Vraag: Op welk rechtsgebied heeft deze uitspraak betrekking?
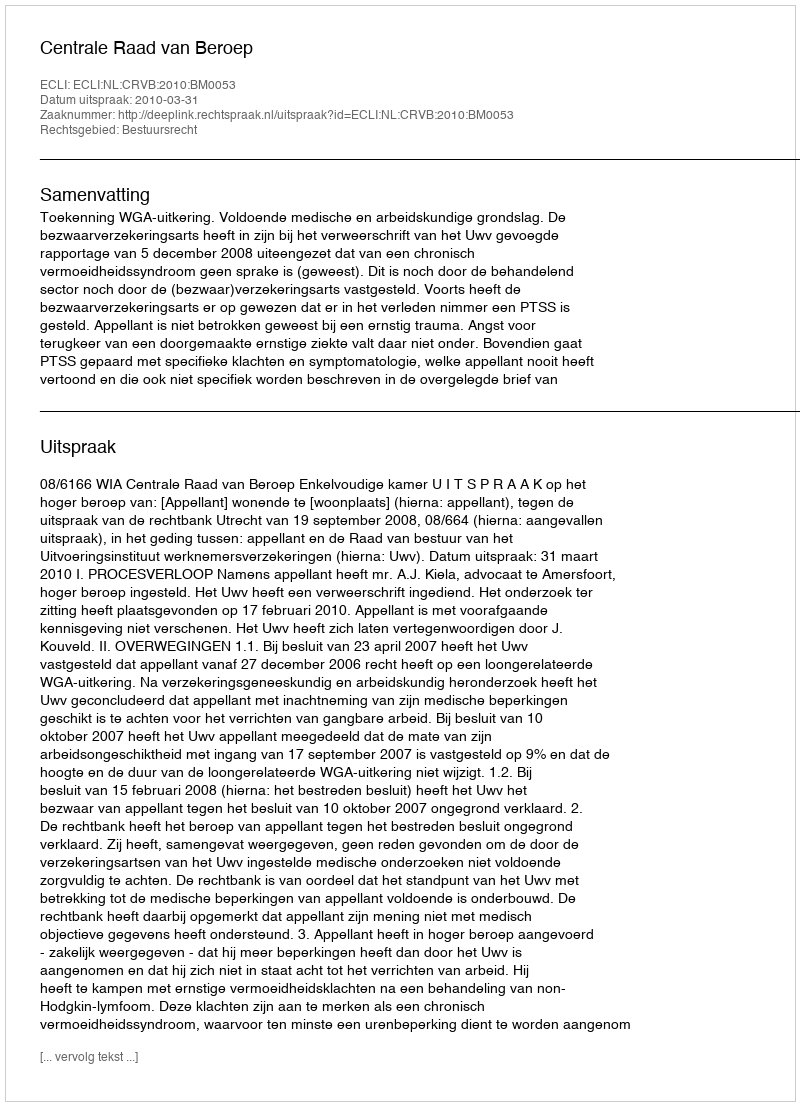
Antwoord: Bestuursrecht